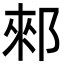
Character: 郲